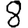
Digit: 8